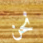
نحن